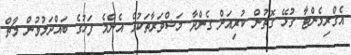
އެގްރިމެންޓާ ގުޅޭ ގޮތުން ކުރިއަށް ގެންދާ މަޝްވަރާތަކުގެ އެންމެ ފަހުގެ ބައްދަލުވުން މާޗް